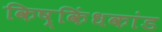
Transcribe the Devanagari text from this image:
किष्किंधकांड